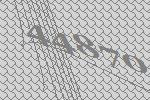
44870